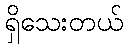
ရှိသေးတယ်